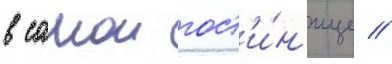
в самои гост'и́н'ице //